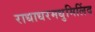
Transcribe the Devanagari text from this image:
राधाधरमधुमिलिंद